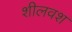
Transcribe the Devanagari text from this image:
शीलवश